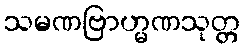
သမဏဗြာဟ္မဏသုတ္တ